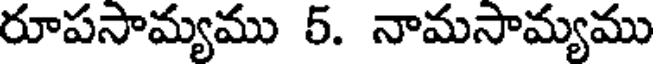
రూపసామ్యము 5. నామసామ్యము